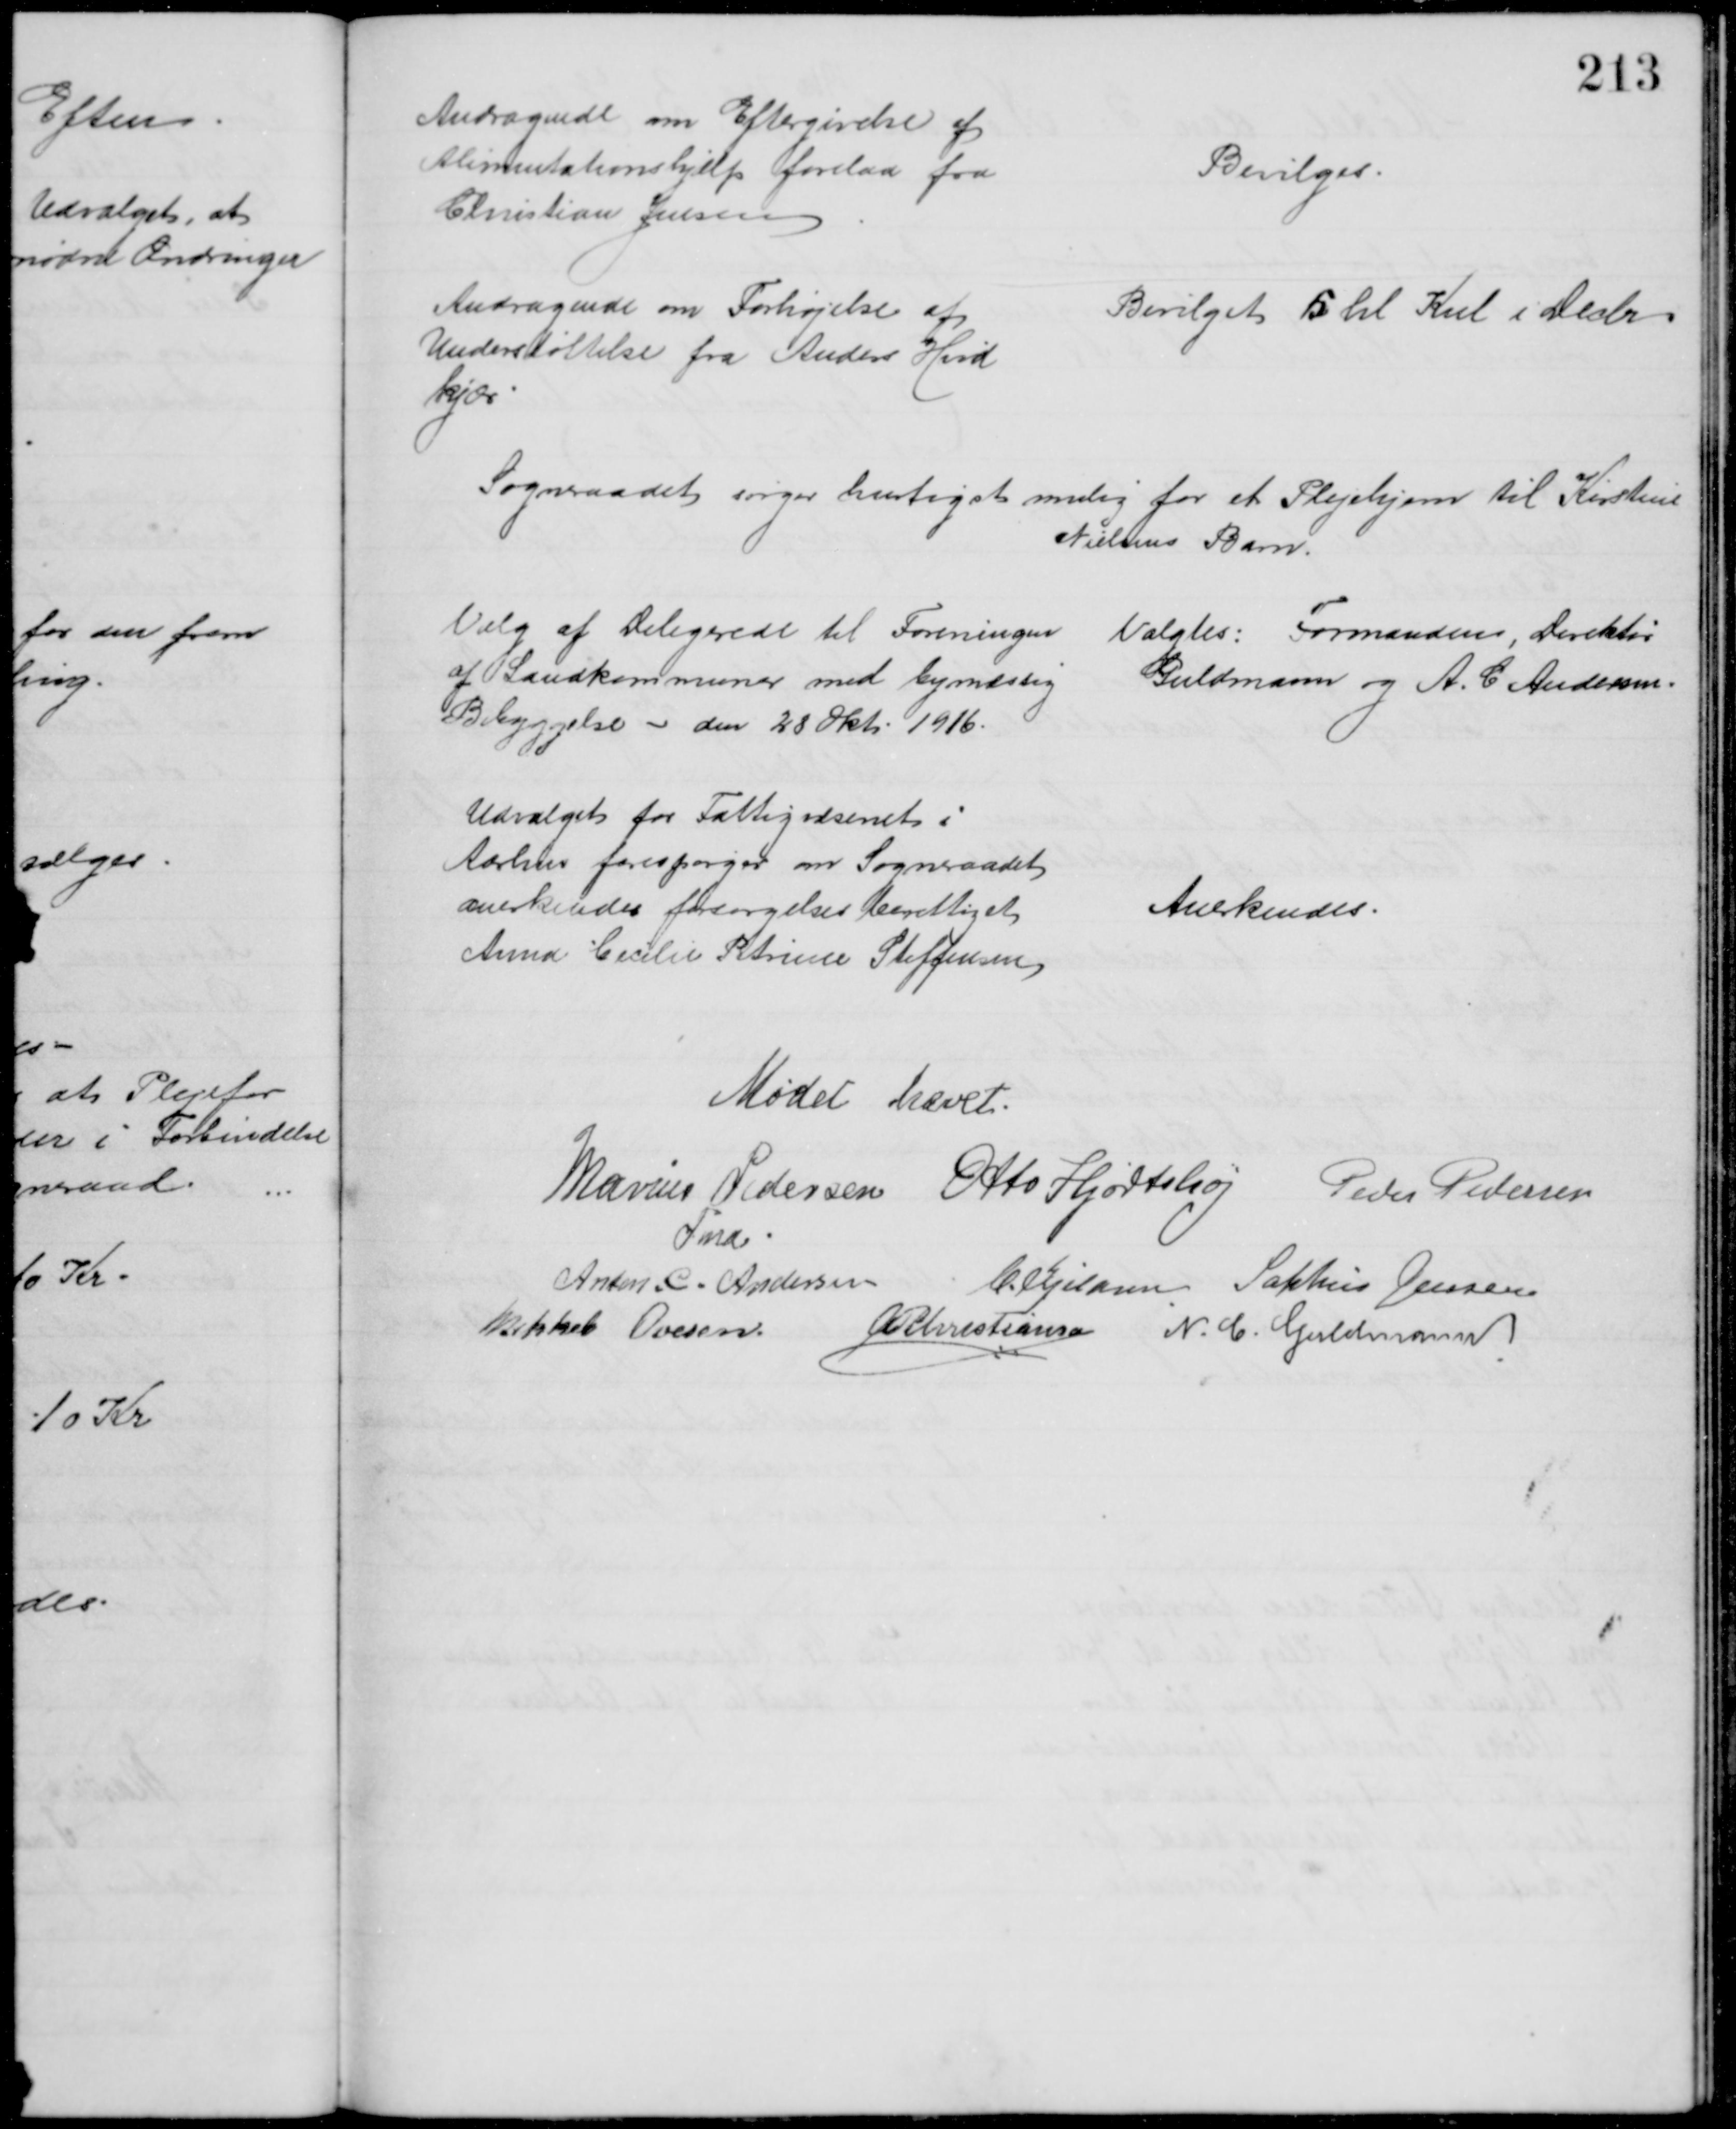
Transskription:
Andragende om Eftergivelse af
Alimentationshjælp forelaa fra
Christian Jensen
Bevilges
Andragende om Forhøjelse af
Understøttelse fra Anders Hvid
kjær
Bevilget 5 hl Kul i Decbr
Sogneraadet sørger hurtigst mulig for et Plejehjem til Kirstine
Nielsens Barn.
Valg af Delegerede til Foreningen
af Landkommuner med bymæssig
Bebyggelse - den 28 Okt. 1916.
Valgtes: Formanden, Direktør
Guldmann og A. C Andersen.
Udvalget for Fattigvæsenet i
Aarhus forespørger om Sogneraadet
anerkender forsørgelsesberettiget
Anna Cecilie Petrine Steffensen
Anerkendes.
Mødet hævet.
Marius Pedersen
Fmd.
Otto Hjortshøj Peder Pedersen
Anton. C. Andersen C. Kjeldsen Sophus Jensen
Mikkel Ovesen A P Christiansen N. C. Guldmann